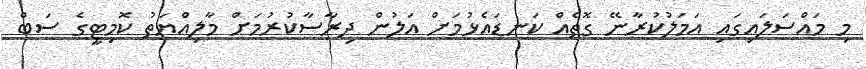
މި މައްސަލައިގައި އަމަލުކުރާނޭ ގޮތެއް ކަނޑައެޅުމަށް އަލުން ދިރާސާކުރުމަށް މާލިއްޔަތު ކޮމިޓީގެ ސަބް